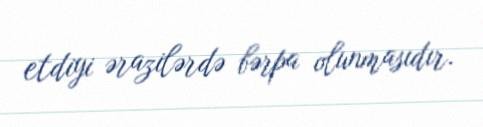
etdiyi ərazilərdə bərpa olunmasıdır.